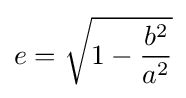
e={\sqrt {1-{\frac {b^{2}}{a^{2}}}}}